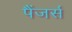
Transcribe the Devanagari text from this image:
पैंजर्स